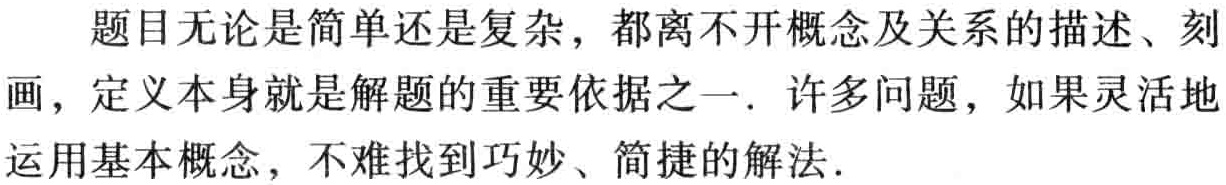
题目无论是简单还是复杂，都离不开概念及关系的描述、刻画，定义本身就是解题的重要依据之一. 许多问题，如果灵活地运用基本概念，不难找到巧妙、简捷的解法.